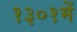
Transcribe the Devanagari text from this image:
१३०१में